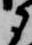
に